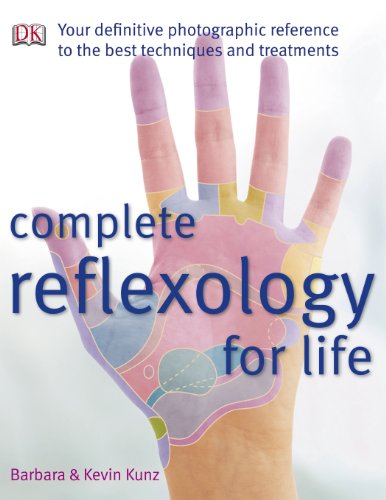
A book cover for Complete Reflexology for Life; Barbara Kunz; Health, Fitness & Dieting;